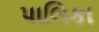
પાલિકા